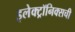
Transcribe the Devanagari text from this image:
इलेक्ट्रॉनिक्सची